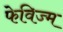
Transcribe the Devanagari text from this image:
फेविज्म